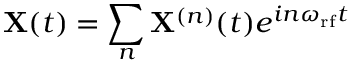
\mathbf { X } ( t ) = \sum _ { n } \mathbf { X } ^ { ( n ) } ( t ) e ^ { i n \omega _ { \mathrm { r f } } t }